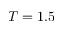
T = 1 . 5